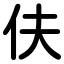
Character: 伕